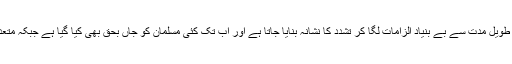
بھارت کی مختلف ریاستوں میں آباد مسلمانوں کو گزشتہ طویل مدت سے بے بنیاد الزامات لگا کر تشدد کا نشانہ بنایا جاتا ہے اور اب تک کئی مسلمان کو جاں بحق بھی کیا گیا ہے جبکہ متعدد مسلمانوں کے گھروں کو بھی نذر آتش کر دیا گیا ہے۔